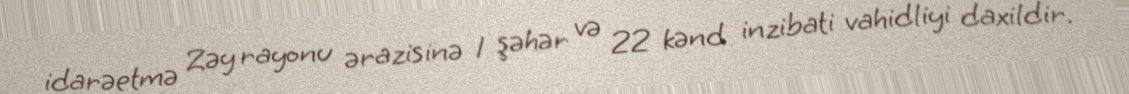
idarəetmə Zəy rayonu ərazisinə 1 şəhər və 22 kənd inzibati vahidliyi daxildir.